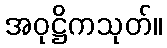
အဝုဋ္ဌိကသုတ်။